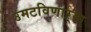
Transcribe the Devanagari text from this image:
उमटविणाऱ्या